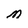
Character: M